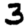
Digit: 3